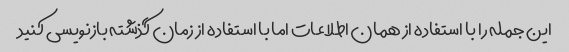
این جمله را با استفاده از همان اطلاعات اما با استفاده از زمان گذشته بازنویسی کنید